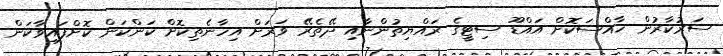
ސަރުކާރުން ޚާއްސަކޮށް އައްޑޫ ސިޓީގެ ރައްޔިތުންނާއި ދޭތެރޭ ވަރަށް އިހާނެތިކޮށް ކަންކަން ކޮށްފައިވާކަން